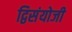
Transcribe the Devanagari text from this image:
द्विसंयोजी